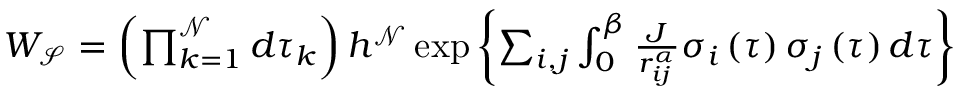
\begin{array} { r } { W _ { \mathcal { S } } = \left( \prod _ { k = 1 } ^ { \mathcal { N } } d \tau _ { k } \right) h ^ { \mathcal { N } } \exp \left\{ \sum _ { i , j } \int _ { 0 } ^ { \beta } \frac { J } { r _ { i j } ^ { \alpha } } \sigma _ { i } \left( \tau \right) \sigma _ { j } \left( \tau \right) d \tau \right\} } \end{array}